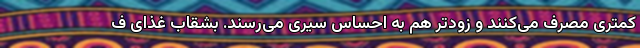
کمتری مصرف می‌کنند و زودتر هم به احساس سیری می‌رسند. بشقاب غذای ف